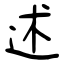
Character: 述